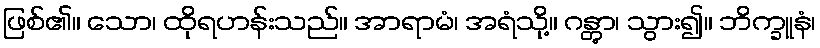
ဖြစ်၏။ သော၊ ထိုရဟန်းသည်။ အာရာမံ၊ အရံသို့။ ဂန္တွာ၊ သွား၍။ ဘိက္ခူနံ၊